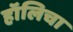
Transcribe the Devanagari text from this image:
हॉलिचा